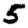
Digit: 5